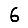
Digit: 6